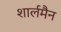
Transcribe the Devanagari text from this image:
शार्लमैन